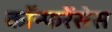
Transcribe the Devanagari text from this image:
कॉन्फरेंसेस